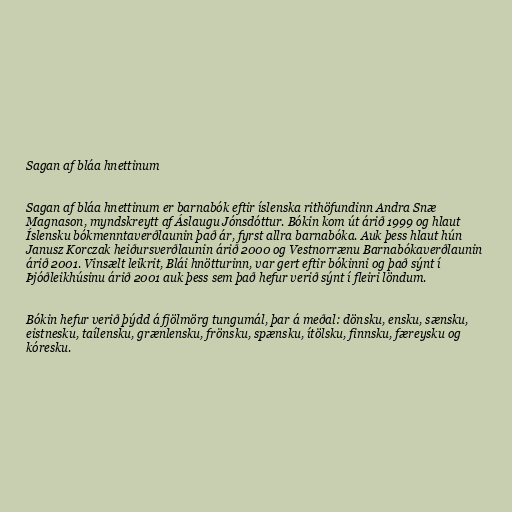
Sagan af bláa hnettinum

Sagan af bláa hnettinum er barnabók eftir íslenska rithöfundinn Andra Snæ
Magnason, myndskreytt af Áslaugu Jónsdóttur. Bókin kom út árið 1999 og hlaut
Íslensku bókmenntaverðlaunin það ár, fyrst allra barnabóka. Auk þess hlaut hún
Janusz Korczak heiðursverðlaunin árið 2000 og Vestnorrænu Barnabókaverðlaunin
árið 2001. Vinsælt leikrit, Blái hnötturinn, var gert eftir bókinni og það sýnt í
Þjóðleikhúsinu árið 2001 auk þess sem það hefur verið sýnt í fleiri löndum.

Bókin hefur verið þýdd á fjölmörg tungumál, þar á meðal: dönsku, ensku, sænsku,
eistnesku, taílensku, grænlensku, frönsku, spænsku, ítölsku, finnsku, færeysku og
kóresku.